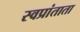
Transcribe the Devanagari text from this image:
स्वप्रांताता